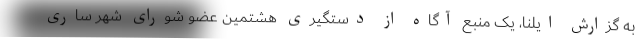
به گزارش ایلنا، یک منبع آگاه از دستگیری هشتمین عضو شورای شهر ساری